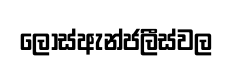
ලොස්ඇන්ජලීස්වල